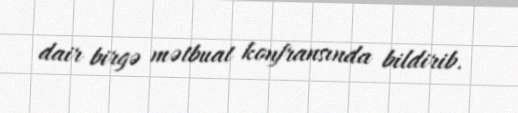
dair birgə mətbuat konfransında bildirib.